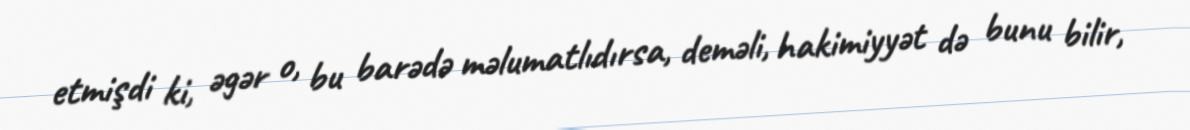
etmişdi ki, əgər o, bu barədə məlumatlıdırsa, deməli, hakimiyyət də bunu bilir,